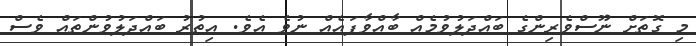
މި ގޮތަށް ނޫސްވެރިންގެ ބައްދަލުވުމެއް ބާއްވާފައެއް ނުވެ އެވެ. އިތުރު ބައްދަލުވުންތައް ވެސް